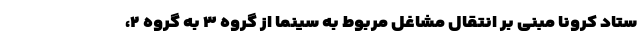
ستاد کرونا مبنی بر انتقال مشاغل مربوط به سینما از گروه ۳ به گروه ۲،